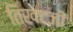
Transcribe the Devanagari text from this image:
तिखटजी